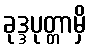
ခုဒ္ဒပုတ္တာမှိ